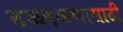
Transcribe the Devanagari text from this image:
दळवळणासाठी